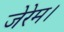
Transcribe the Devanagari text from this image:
जेरेम।